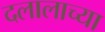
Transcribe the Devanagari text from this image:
दलालाच्या